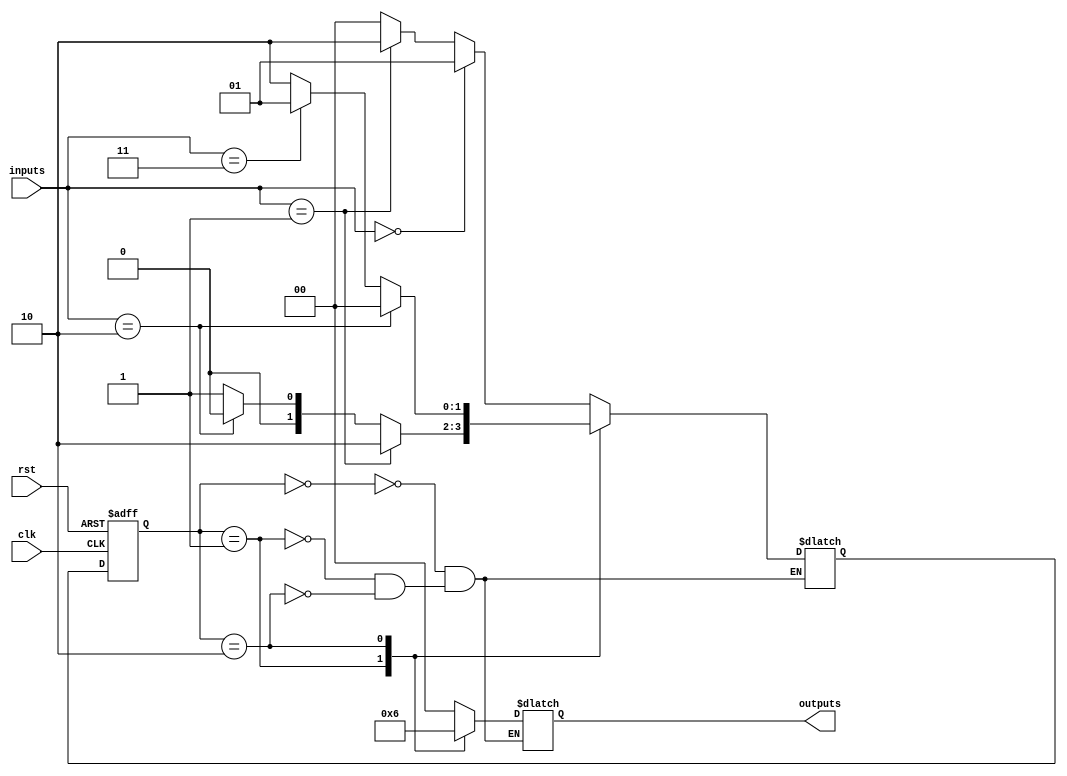
module state_machine (
    input wire clk,
    input wire rst,
    input wire [N-1:0] inputs,
    output wire [M-1:0] outputs
);

parameter N = 3; // Number of input bits
parameter M = 2; // Number of output bits
parameter STATE_IDLE = 2'b00; // Define states
parameter STATE_READ = 2'b01;
parameter STATE_WRITE = 2'b10;

reg [1:0] state_reg, state_next; // State register

always @(posedge clk or posedge rst) begin
    if (rst) begin
        state_reg <= STATE_IDLE; // Initial state
    end else begin
        state_reg <= state_next; // Update state based on combinational logic
    end
end

always @(*) begin
    case (state_reg)
        STATE_IDLE: begin
            // Combinational logic for state transitions
            if (inputs == 3'b000)
                state_next = STATE_READ;
            else if (inputs == 3'b001)
                state_next = STATE_WRITE;
            else
                state_next = STATE_IDLE;
        end
        STATE_READ: begin
            // Combinational logic for state transitions
            if (inputs == 3'b001)
                state_next = STATE_WRITE;
            else if (inputs == 3'b010)
                state_next = STATE_IDLE;
            else
                state_next = STATE_READ;
        end
        STATE_WRITE: begin
            // Combinational logic for state transitions
            if (inputs == 3'b010)
                state_next = STATE_IDLE;
            else if (inputs == 3'b011)
                state_next = STATE_READ;
            else
                state_next = STATE_WRITE;
        end
    endcase
end

// Define outputs based on current state
always @(*) begin
    case (state_reg)
        STATE_IDLE: begin
            outputs = 2'b00;
        end
        STATE_READ: begin
            outputs = 2'b01;
        end
        STATE_WRITE: begin
            outputs = 2'b10;
        end
    endcase
end

endmodule